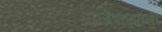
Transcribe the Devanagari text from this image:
राजेशाह्यांनी